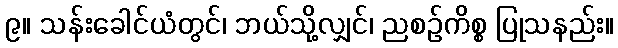
၉။ သန်းခေါင်ယံတွင်၊ ဘယ်သို့လျှင်၊ ညစဉ်ကိစ္စ ပြုသနည်း။